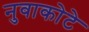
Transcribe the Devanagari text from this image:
नुवाकोटे